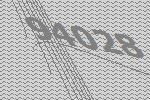
94028